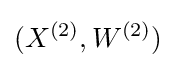
(X^{(2)},W^{(2)})